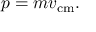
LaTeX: p = m v _ { \mathrm { c m } } .